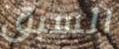
السبق